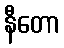
နီတော